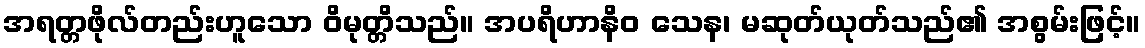
အရတ္တဖိုလ်တည်းဟူသော ဝိမုတ္တိသည်။ အပရိဟာနိဝ သေန၊ မဆုတ်ယုတ်သည်၏ အစွမ်းဖြင့်။